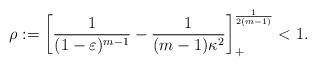
LaTeX: \begin{align*}\rho :=\left[\frac{1}{(1 -\varepsilon)^{m-1}} -\frac{1}{(m-1)\kappa^2}\right]_+^{\frac{1}{2(m-1)}} <1.\end{align*}